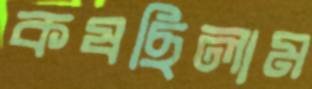
কষছিলাম